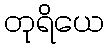
တုရိယေ